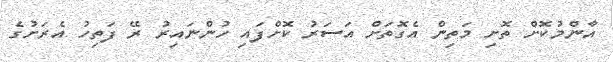
އާންމުކޮށް ތޮށި މަތިން އެގޮތަށް އަސަރު ކޮށްފައި ހުންނައިރު ރޭ ފަތިހު އެރަށުގެ